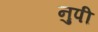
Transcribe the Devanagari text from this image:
नुपी